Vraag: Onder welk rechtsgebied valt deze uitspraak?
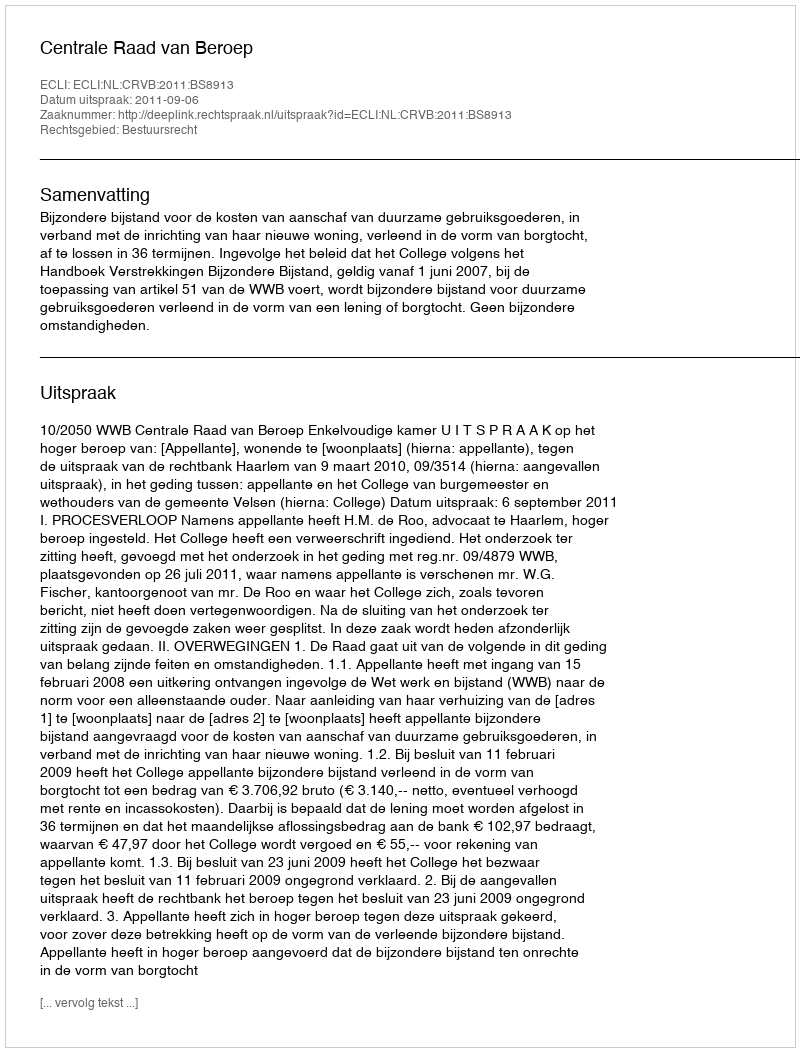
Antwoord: Bestuursrecht